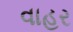
વાહર